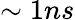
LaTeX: \sim 1ns